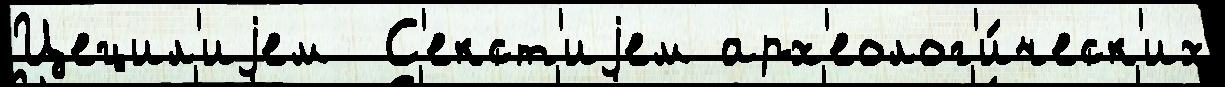
Цецил'иjем  С'екст'иjем арх'еолог'и́ческ'их